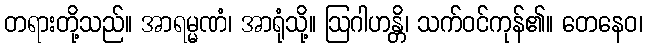
တရားတို့သည်။ အာရမ္မဏံ၊ အာရုံသို့။ ဩဂါဟန္တိ၊ သက်ဝင်ကုန်၏။ တေနေဝ၊